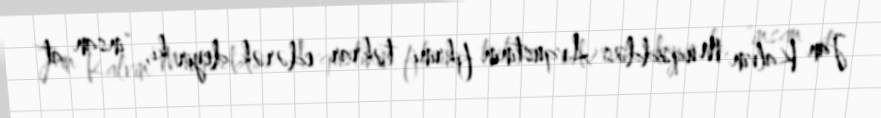
Jan Kalvin Müqəddəs Avqustinin fikrini təkrar edərək deyir ki, "insan at